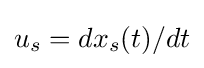
u_{s}=dx_{s}(t)/dt